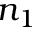
n _ { 1 }